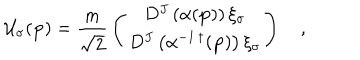
{ \cal U } _ { \sigma } ( { \bf p } ) = { \frac { m } { \sqrt { 2 } } } \left( \begin{matrix} { { D ^ { J } \left( \alpha ( { \bf p } ) \right) \xi _ { \sigma } } } \\ { { D ^ { J } \left( \alpha ^ { - 1 \, \dagger } ( { \bf p } ) \right) \xi _ { \sigma } } } \\ \end{matrix} \right) \quad ,